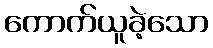
ကောက်ယူခဲ့သော